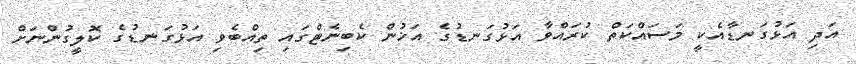
އަދި އަޅުގަނޑާއެކީ މަސައްކަތް ކުރައްވާ އަޅުގަނޑުގެ އަޚުން ކެބިނެޓްގައި ތިއްބެވި އަޅުގަނޑުގެ ކޮލީގުންނަށް